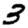
Digit: 3